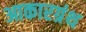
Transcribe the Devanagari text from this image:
आकारग्रंथ